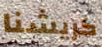
كريشنا